Report of the Indian Hemp Drugs Commission, 1894-1895 - Volume IV
Year: 1894
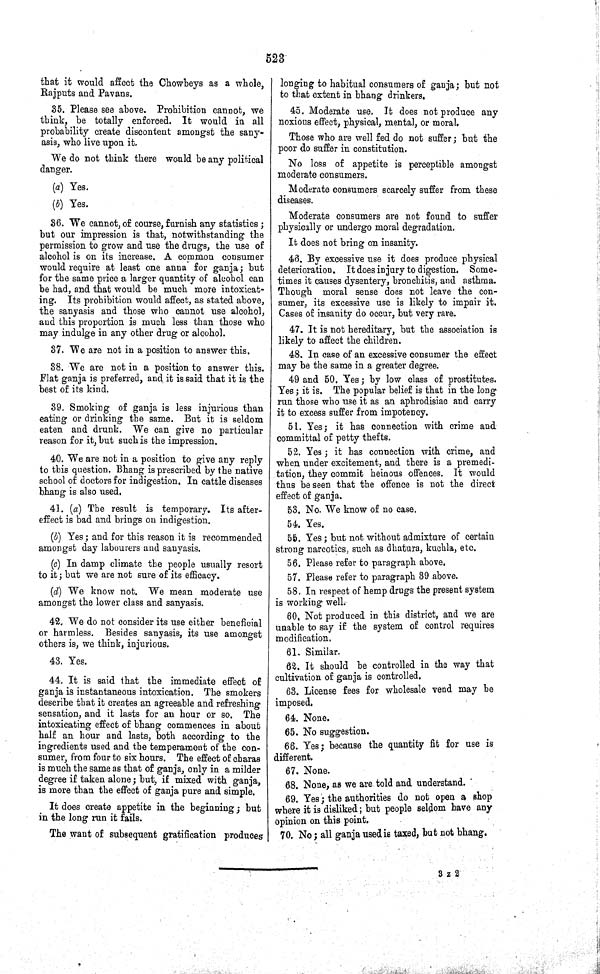
523
that it would affect the Chowbeys as a whole,
Rajputs and Pavans.
35. Please see above. Prohibition cannot, we
think, be totally enforced. It would in all
probability create discontent amongst the sany-
asis, who live upon it.
We do not think there would be any political
danger.
(a) Yes.
(b) Yes.
36. We cannot, of course, furnish any statistics;
but our impression is that, notwithstanding the
permission to grow and use the drugs, the use of
alcohol is on its increase. A common consumer
would require at least one anna for ganja; but
for the same price a larger quantity of alcohol can
be had, and that would be much more intoxicat-
ing. Its prohibition would affect, as stated above,
the sanyasis and those who cannot use alcohol,
and this proportion is much less than those who
may indulge in any other drug or alcohol.
37. We are not in a position to answer this.
38. We are not in a position to answer this.
Flat ganja is preferred, and it is said that it is the
best of its kind.
39. Smoking of ganja is less injurious than
eating or drinking the same. But it is seldom
eaten and drunk. We can give no particular
reason for it, but such is the impression.
40. We are not in a position to give any reply
to this question. Bhang is prescribed by the native
school of doctors for indigestion. In cattle diseases
bhang is also used.
41. (a) The result is temporary. Its after-
effect is bad and brings on indigestion.
(b) Yes; and for this reason it is recommended
amongst day labourers and sanyasis.
(c) In damp climate the people usually resort
to it; but we are not sure of its efficacy.
(d) We know not. We mean moderate use
amongst the lower class and sanyasis.
42. We do not consider its use either beneficial
or harmless. Besides sanyasis, its use amongst
others is, we think, injurious.
43. Yes.
44. It is said that the immediate effect of
ganja is instantaneous intoxication. The smokers
describe that it creates an agreeable and refreshing
sensation, and it lasts for an hour or so. The
intoxicating effect of bhang commences in about
half an hour and lasts, both according to the
ingredients used and the temperament of the con-
sumer, from four to six hours. The effect of charas
is much the same as that of ganja, only in a milder
degree if taken alone; but, if mixed with ganja,
is more than the effect of ganja pure and simple.
It does create appetite in the beginning; but
in the long run it fails.
The want of subsequent gratification produces
longing to habitual consumers of ganja; but not
to that extent in bhang drinkers.
45. Moderate use. It does not produce any
noxious effect, physical, mental, or moral.
Those who are well fed do not suffer; but the
poor do suffer in constitution.
No loss of appetite is perceptible amongst
moderate consumers.
Moderate consumers scarcely suffer from these
diseases.
Moderate consumers are not found to suffer
physically or undergo moral degradation.
It does not bring on insanity.
46. By excessive use it does produce physical
deterioration. It does injury to digestion. Some-
times it causes dysentery, bronchitis, and asthma.
Though moral sense does not leave the con-
sumer, its excessive use is likely to impair it.
Cases of insanity do occur, but very rare.
47. It is not hereditary, but the association is
likely to affect the children.
48. In case of an excessive consumer the effect
may be the same in a greater degree.
49 and 50. Yes; by low class of prostitutes.
Yes; it is. The popular belief is that in the long
run those who use it as an aphrodisiac and carry
it to excess suffer from impotency.
51. Yes; it has connection with crime and
committal of petty thefts.
52. Yes; it has connection with crime, and
when under excitement, and there is a premedi-
tation, they commit heinous offences. It would
thus be seen that the offence is not the direct
effect of ganja.
53. No. We know of no case,
54. Yes.
55. Yes; but not without admixture of certain
strong narcotics, such as dhatura, kuchla, etc.
56. Please refer to paragraph above.
57. Please refer to paragraph 39 above.
58. In respect of hemp drugs the present system
is working well.
60. Not produced in this district, and we are
unable to say if the system of control requires
modification,
61. Similar.
62. It should be controlled in the way that
cultivation of ganja is controlled.
63. License fees for wholesale vend may be
imposed.
64. None.
65. No suggestion.
66. Yes; because the quantity fit for use is
different.
67. None.
68. None, as we are told and understand.
69. Yes; the authorities do not open a shop
where it is disliked; but people seldom have any
opinion on this point.
70. No; all ganja used is taxed, but not bhang.
3 Z 2